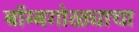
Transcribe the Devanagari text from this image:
बॉम्बगोळ्याचा